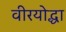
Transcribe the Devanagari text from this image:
वीरयोद्धा